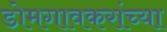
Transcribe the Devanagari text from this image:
डोमगावकरांच्या